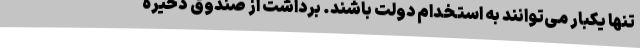
تنها یکبار می‌توانند به استخدام دولت باشند. برداشت از صندوق ذخیره